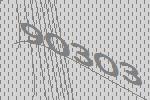
90303